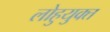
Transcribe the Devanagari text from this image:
लोहुयुक्त